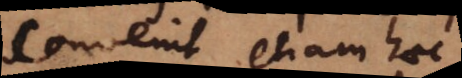
Convenit etiam haec